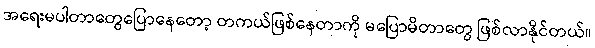
အရေးမပါတာတွေပြောနေတော့ တကယ်ဖြစ်နေတာကို မပြောမိတာတွေ ဖြစ်လာနိုင်တယ်။